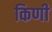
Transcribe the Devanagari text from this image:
किणी